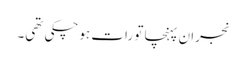
نجران پہنچا تو رات ہوچکی تھی۔